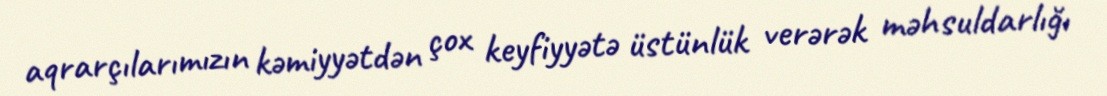
aqrarçılarımızın kəmiyyətdən çox keyfiyyətə üstünlük verərək məhsuldarlığı